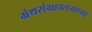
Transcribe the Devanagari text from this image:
ग्रंथसंग्रहालयाच्या़